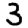
Digit: 3